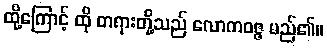
ထို့ကြောင့် ထို တရားတို့သည် လောကဝဇ္ဇ မည်၏။